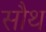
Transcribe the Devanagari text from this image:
सौथ